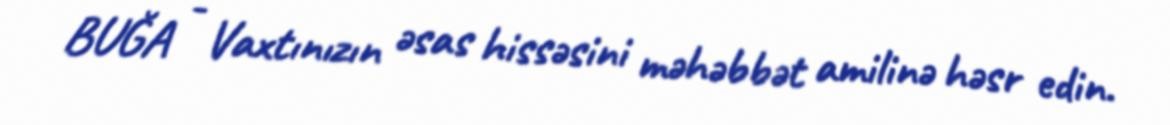
BUĞA - Vaxtınızın əsas hissəsini məhəbbət amilinə həsr edin.